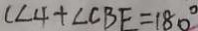
( \angle 4 + \angle C B E = 1 8 0 ^ { \circ }